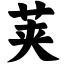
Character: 荚